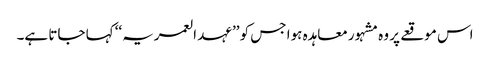
اس موقعے پر وہ مشہور معاہدہ ہوا جس کو ’’عہد العمریہ‘‘ کہا جاتا ہے۔